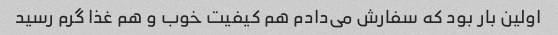
اولین بار بود که سفارش می‌دادم هم کیفیت خوب و هم غذا گرم رسید